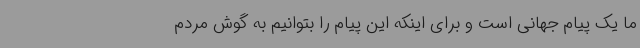
ما یک پیام جهانی است و برای اینکه این پیام را بتوانیم به گوش مردم